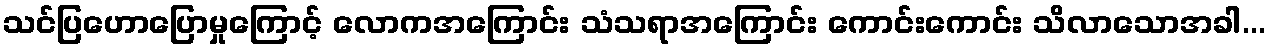
သင်ပြဟောပြောမှုကြောင့် လောကအကြောင်း သံသရာအကြောင်း ကောင်းကောင်း သိလာသောအခါ...